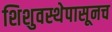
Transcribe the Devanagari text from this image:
शिशुवस्थेपासूनच